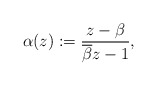
\begin{align*} \alpha (z):=\frac{z-\beta}{\overline{\beta}z-1},\end{align*}